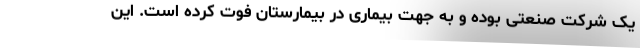
یک شرکت صنعتی بوده و به جهت بیماری در بیمارستان فوت کرده است. این